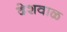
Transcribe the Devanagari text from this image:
देशवाळ